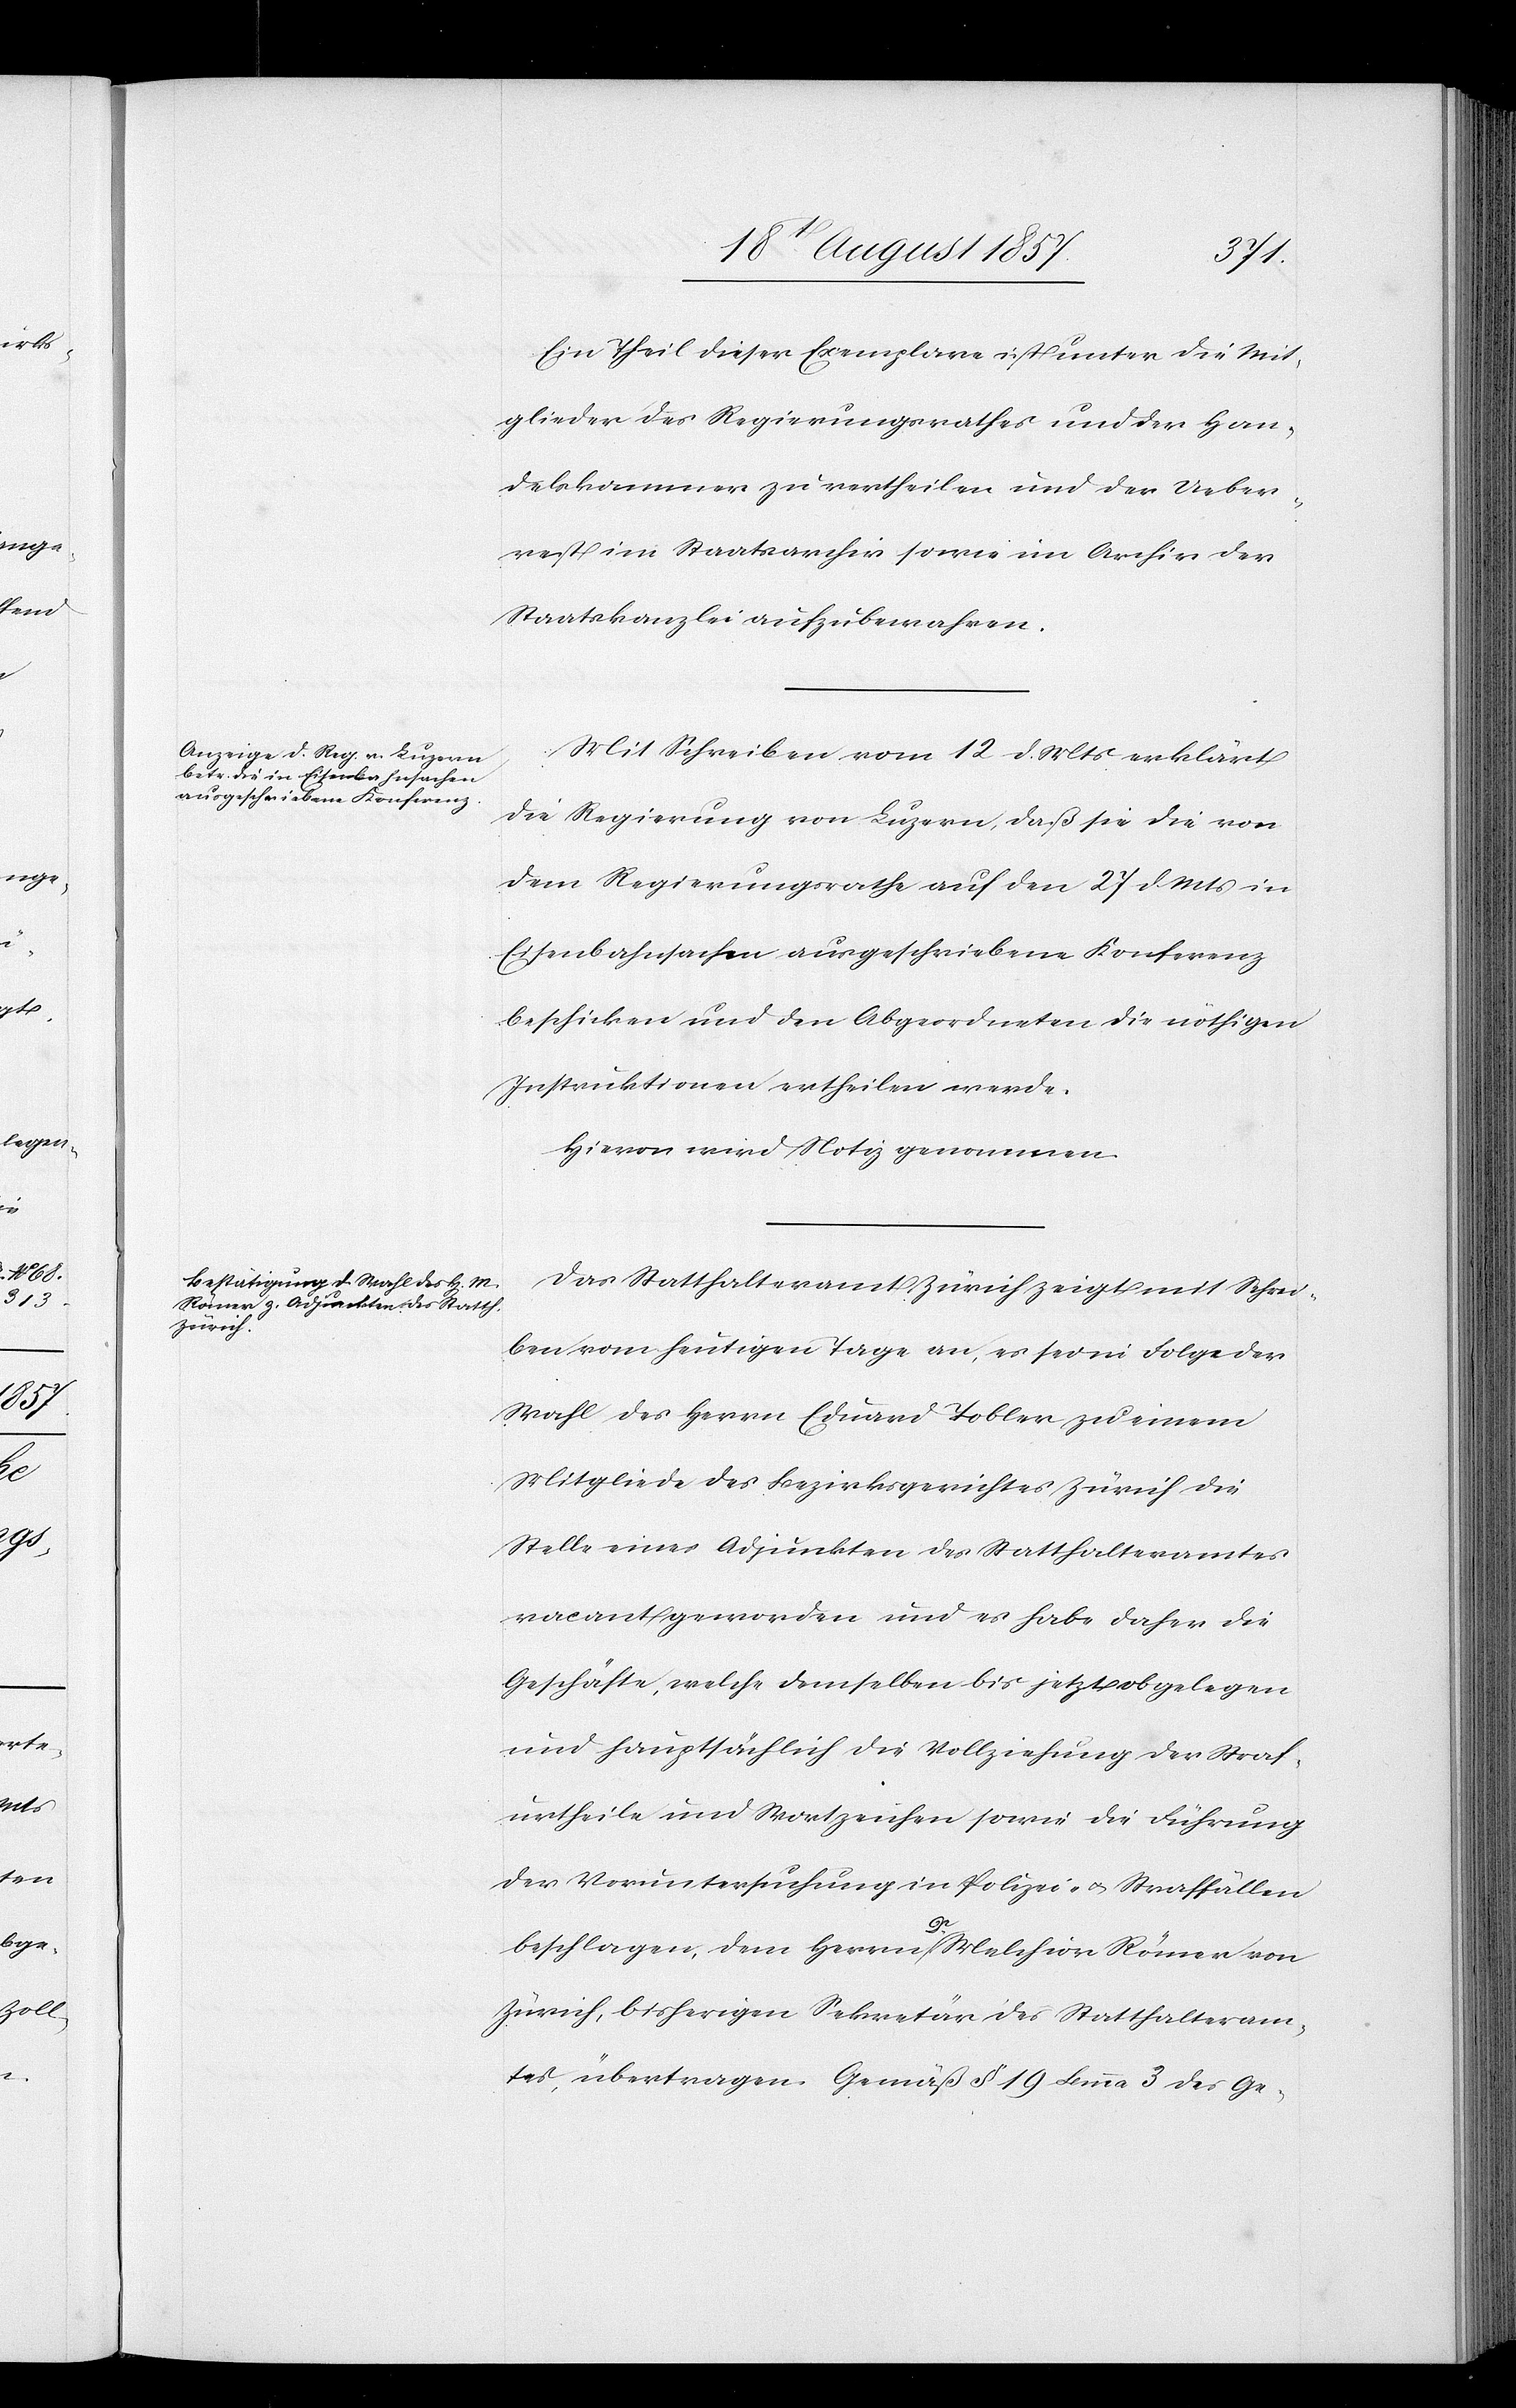
Ein Theil dieser Exemplare ist unter die Mit¬
glieder des Regierungsrathes und der Han¬
delskammer zu vertheilen und der Ueber¬
rest im Staatsarchiv sowie im Archiv der
Staatskanzlei aufzubewahren.
Mit Schreiben vom 12 d. Mts. erklärt
die Regierung von Luzern, daß sie beiden von
dem Regierungsrathe auf den 27 d. Mts. in
Eisenbahnsachen ausgeschriebene Konferenz
beschicken und den Abgeordneten die nöthigen
Instruktionen ertheilen werde.
Hievon wird Notiz genommen.
Das Statthalteramt Zürich zeigt mit Schrei¬
ben vom heutigen Tage an, es sei in Folge der
Wahl des Herrn Eduard Tobler zu einem
Mitgliede des Bezirksgerichtes Zürich die
Stelle eines Adjunkten des Statthalteramtes
vacant geworden und es habe daher die
Geschäfte, welche demselben bis jetzt obgelegen
und hauptsächlich die Vollziehung der Straf¬
urtheile und Wortzeichen sowie die Führung
der Voruntersuchung in Polizei- & Straffällen
beschlagen, dem Herrn Dr Melchior Römer von
Zürich, bisherigen Sekretär des Statthalteram¬
tes, übertragen. Gemäß § 19 Lemma 3 des Ge-